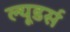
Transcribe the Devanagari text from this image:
ल्यूडर्स